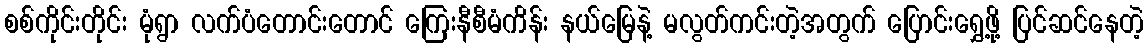
စစ်ကိုင်းတိုင်း မုံရွာ လက်ပံတောင်းတောင် ကြေးနီစီမံကိန်း နယ်မြေနဲ့ မလွတ်ကင်းတဲ့အတွက် ပြောင်းရွှေ့ဖို့ ပြင်ဆင်နေတဲ့